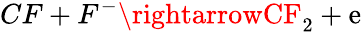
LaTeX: CF+F^{-}\rightarrowCF_{2}+\mathrm{e}